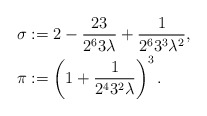
\begin{align*}\sigma &:= 2 - \frac{23}{2^63\lambda} + \frac{1}{2^63^3\lambda^2},\\\pi &:= \left( 1 + \frac{1}{2^43^2\lambda}\right)^3.\end{align*}